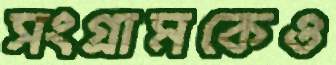
সংগ্রামকেও